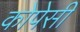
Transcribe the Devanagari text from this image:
कोपेसी